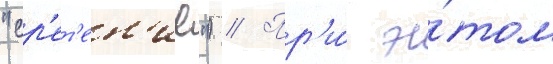
"ср'ет'ен'ие") // Пр'и́ э́том